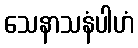
သေနာသနံပါဟံ